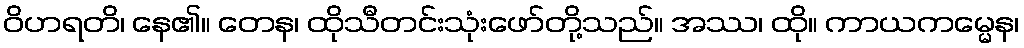
ဝိဟရတိ၊ နေ၏။ တေန၊ ထိုသီတင်းသုံးဖော်တို့သည်။ အဿ၊ ထို။ ကာယကမ္မေန၊